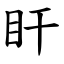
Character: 盰